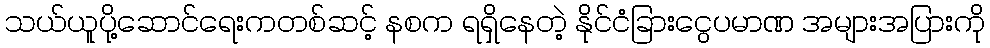
သယ်ယူပို့ဆောင်ရေးကတစ်ဆင့် နစက ရရှိနေတဲ့ နိုင်ငံခြားငွေပမာဏ အများအပြားကို